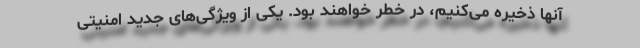
آنها ذخیره‌ می‌کنیم، در خطر خواهند بود. یکی از ویژگی‌های جدید امنیتی